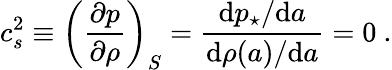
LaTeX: c_{s}^{2}\equiv\left(\frac{\partial p}{\partial\rho}\right)_{S}={\frac{\mathrm{d}p_{\star}/\mathrm{d}a}{\mathrm{d}\rho(a)/\mathrm{d}a}}=0\ .